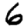
Digit: 6